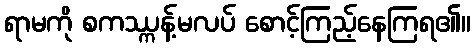
ရာမကို စကဿ္ကန့်မလပ် စောင့်ကြည့်နေကြရ၏။